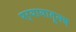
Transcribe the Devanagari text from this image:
पर्यायातूनच